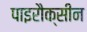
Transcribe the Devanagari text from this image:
पाइरौक्सीन